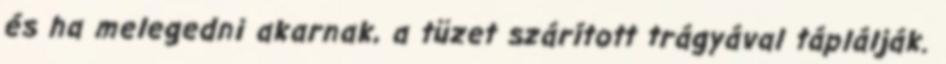
és ha melegedni akarnak, a tüzet szárított trágyával táplálják.